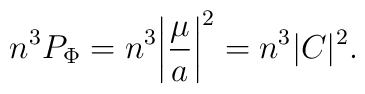
n^3P_{\rm \Phi }=n^3\biggl \vert \frac{\mu }{a}\biggr \vert ^2=n^3\vert C\vert ^2.